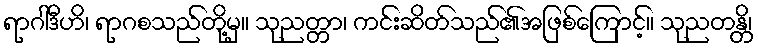
ရာဂါဒီဟိ၊ ရာဂစသည်တို့မှ။ သုညတ္တာ၊ ကင်းဆိတ်သည်၏အဖြစ်ကြောင့်။ သုညတန္တိ၊